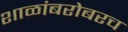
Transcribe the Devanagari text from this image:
शाळांबरोबरच